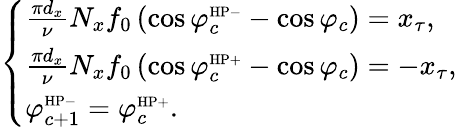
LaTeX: \left\{ \begin{array}{ll}{\frac{\pi d_{x}}{\nu}N_{x}f_{0}\left(\cos\varphi_{c}^{\mathrm{\scriptscriptstyle{HP-}}}-\cos\varphi_{c}\right)=x_{\tau},}\\ {\frac{\pi d_{x}}{\nu}N_{x}f_{0}\left(\cos\varphi_{c}^{\mathrm{\scriptscriptstyle{HP+}}}-\cos\varphi_{c}\right)=-x_{\tau},}\\ {\varphi_{c+1}^{\mathrm{\scriptscriptstyle{HP-}}}=\varphi_{c}^{\mathrm{\scriptscriptstyle{HP+}}}.}\end{array}\right.